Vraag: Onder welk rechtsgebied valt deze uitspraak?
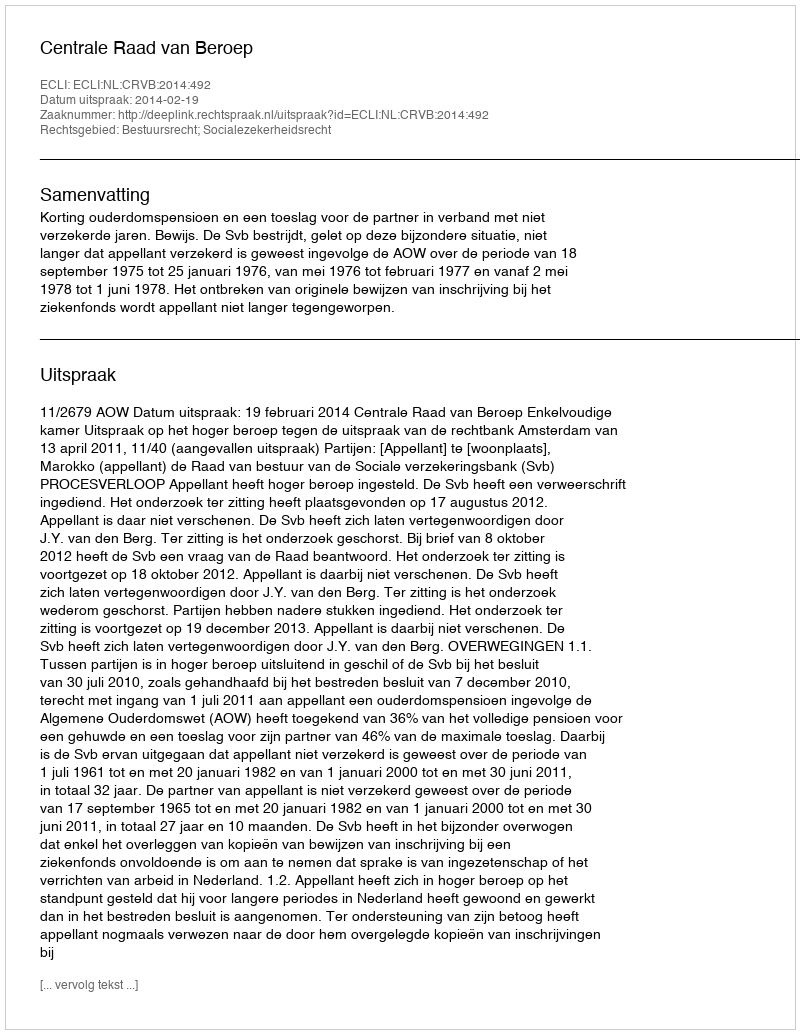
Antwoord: Bestuursrecht; Socialezekerheidsrecht